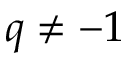
q \not = - 1